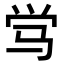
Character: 𬳸